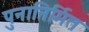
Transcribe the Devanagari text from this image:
पुनानिर्मित